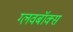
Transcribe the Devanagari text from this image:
ग्लवबॉक्स